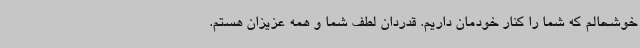
خوشحالم که شما را کنار خودمان داریم. قدردان لطف شما و همه عزیزان هستم.